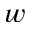
w